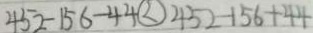
4 5 2 - 1 5 6 - 4 4 \textcircled { < } 4 5 2 - 1 5 6 + 4 4